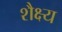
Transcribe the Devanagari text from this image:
शैक्ष्य